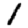
Digit: 1